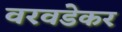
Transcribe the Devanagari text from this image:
वरवडेकर